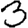
Digit: 3